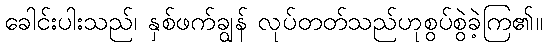
ခေါင်းပါးသည်၊ နှစ်ဖက်ချွန် လုပ်တတ်သည်ဟုစွပ်စွဲခဲ့ကြ၏။